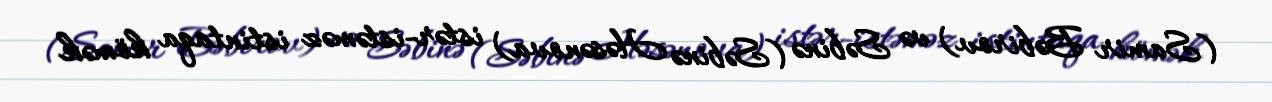
(Samir Bəbirov) və Səbinə (Səbinə Həsənova) istər-istəməz istintaqa kömək